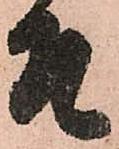
そ